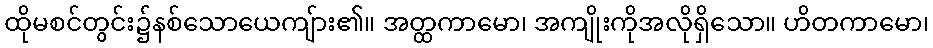
ထိုမစင်တွင်း၌နစ်သောယေကျ်ား၏။ အတ္ထကာမော၊ အကျိုးကိုအလိုရှိသော။ ဟိတကာမော၊